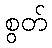
စွတ်